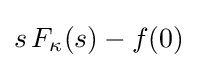
s\,F_{\kappa }(s)-f(0)